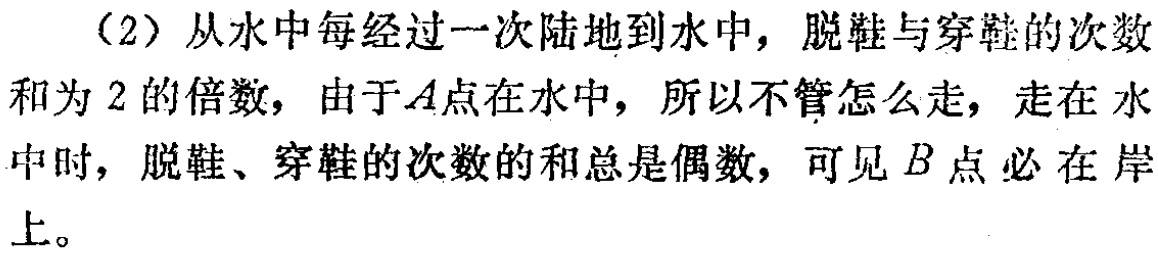
（2）从水中每经过一次陆地到水中，脱鞋与穿鞋的次数和为 \(2\) 的倍数，由于 \(A\) 点在水中，所以不管怎么走，走在水中时，脱鞋、穿鞋的次数的和总是偶数，可见 \(B\) 点必在岸上。